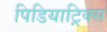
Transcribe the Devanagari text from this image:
पिडियाट्रिक्स